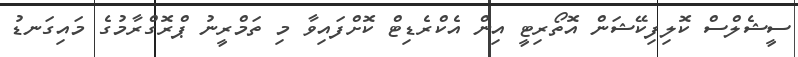
ސީޝެލްސް ކޮލިފިކޭޝަން އޮތޯރިޓީ އިން އެކްރެޑިޓް ކޮށްފައިވާ މި ތަމްރީނު ޕްރޮގްރާމުގެ މައިގަނޑު